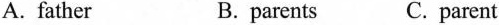
A. father B. parents C. parent